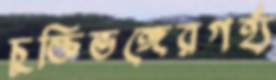
চুক্তিভঙ্গেরগর্হ্য